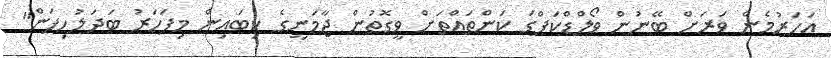
އަހަރުމެން ވަރަށް ބޭނުން ވޯލްޑްކަޕްގަ ކަންތައްތަށް ވީގޮތުން ޖާމަނީގެ ކިބައިން މިފަހަރު ބަދަލުހިފަން"